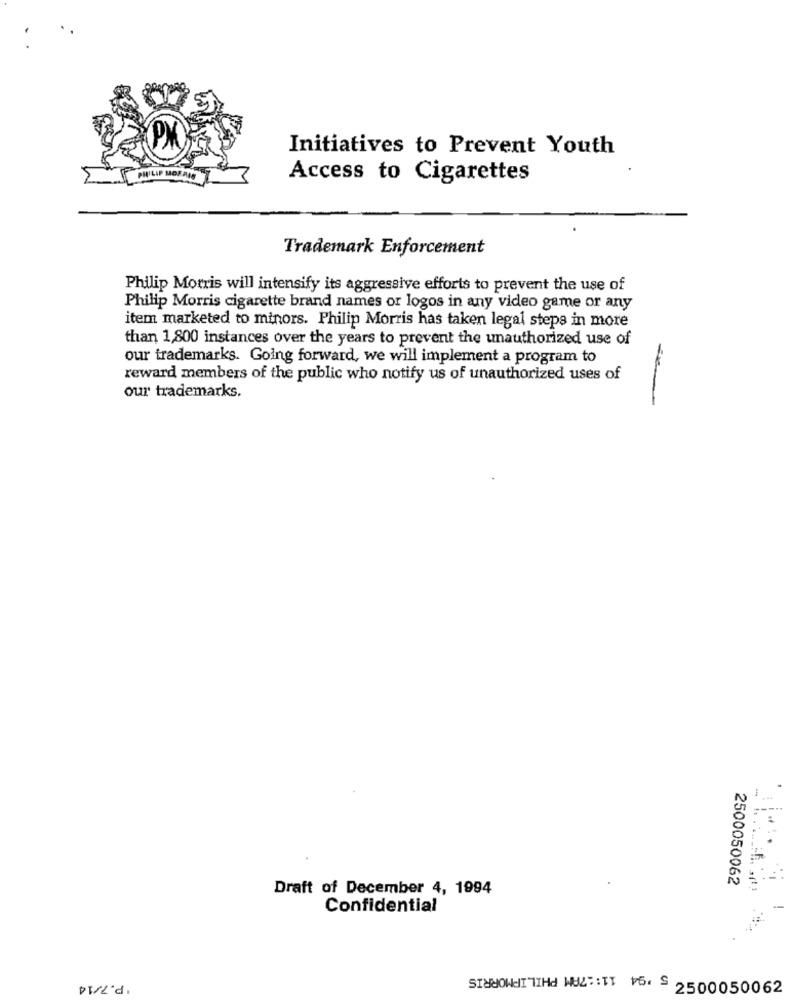
Initiatives to Prevent Youth
PHILIP MORRIS
Access to Cigarettes
Trademark Enforcement
Philip Morris will intensify its aggressive efforts to prevent the use of
Philip Morris cigarette brand names or logos in any video game or any
item marketed to minors. Philip Morris has taken legal steps in more
than 1,800 instances over the years to prevent the unauthorized use of
our trademarks. Going forward, we will implement a program to
reward members of the public who notify us of unauthorized uses of
our trademarks.
2500050062
Draft of December 4, 1994
Confidential
-
Z900900095194 11 :: 7AM PHILIPMORRIS
.P.7/14